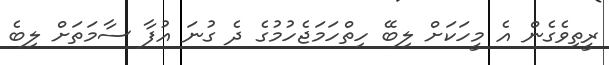
ރީތިވެގެން އެ މީހަކަށް ލިބޭ ހިތްހަމަޖެހުމުގެ ދެ ގުނަ އުފާ ސާމަތަށް ލިބެ